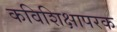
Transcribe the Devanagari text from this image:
कविशिक्षापरक